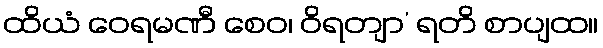
ထိယံ ဝေရမဏီ စေဝ၊ ဝိရတျာ’ ရတိ စာပျထ။